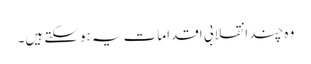
وہ چند انقلابی اقدامات یہ ہوسکتے ہیں۔